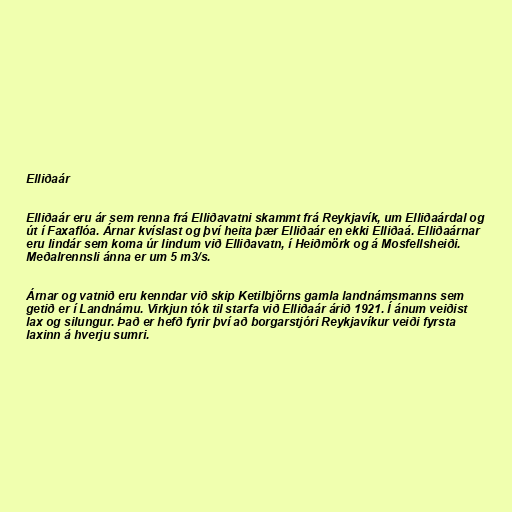
Elliðaár

Elliðaár eru ár sem renna frá Elliðavatni skammt frá Reykjavík, um Elliðaárdal og
út í Faxaflóa. Árnar kvíslast og því heita þær Elliðaár en ekki Elliðaá. Elliðaárnar
eru lindár sem koma úr lindum við Elliðavatn, í Heiðmörk og á Mosfellsheiði.
Meðalrennsli ánna er um 5 m3/s.

Árnar og vatnið eru kenndar við skip Ketilbjörns gamla landnámsmanns sem
getið er í Landnámu. Virkjun tók til starfa við Elliðaár árið 1921. Í ánum veiðist
lax og silungur. Það er hefð fyrir því að borgarstjóri Reykjavíkur veiði fyrsta
laxinn á hverju sumri.